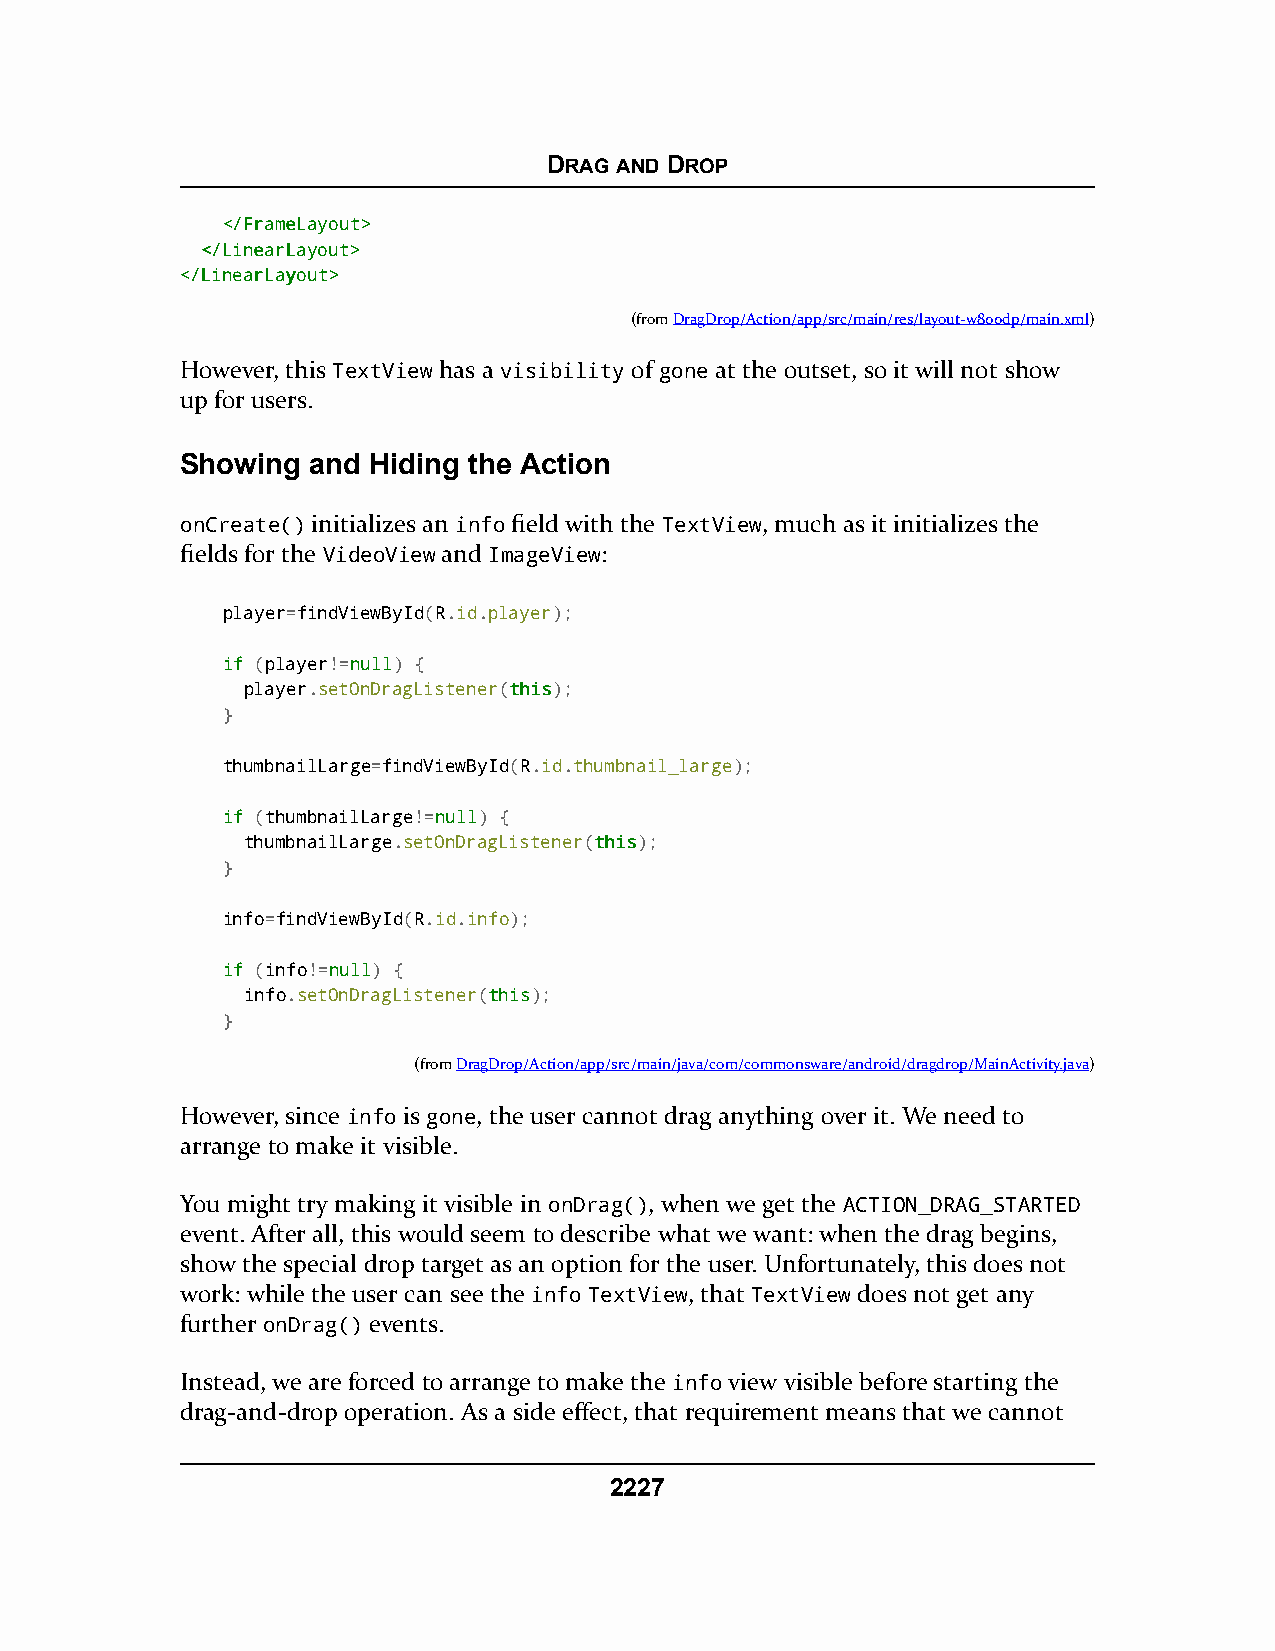
DRAG AND DROP
 <<//FFrraammeeLLaayyoouutt>>
 <<//LLiinneeaarrLLaayyoouutt>>
 <<//LLiinneeaarrLLaayyoouutt>>
 (fromDragDrop/Action/app/src/main/res/layout-w800dp/main.xml)
 However, this TextView has a visibility of gone at the outset, so it will not show
 up for users.
 Showing and Hiding the Action
 onCreate() initializes an info field with the TextView, much as it initializes the
 fields for the VideoView and ImageView:
 player=findViewById(R.id.player);
 iiff (player!=nnuullll) {
 player.setOnDragListener(tthhiiss);
 }
 thumbnailLarge=findViewById(R.id.thumbnail_large);
 iiff (thumbnailLarge!=nnuullll) {
 thumbnailLarge.setOnDragListener(tthhiiss);
 }
 info=findViewById(R.id.info);
 iiff (info!=nnuullll) {
 info.setOnDragListener(tthhiiss);
 }
 (fromDragDrop/Action/app/src/main/java/com/commonsware/android/dragdrop/MainActivity.java)
 However, since info is gone, the user cannot drag anything over it. We need to
 arrange to make it visible.
 You might try making it visible in onDrag(), when we get the ACTION_DRAG_STARTED
 event. After all, this would seem to describe what we want: when the drag begins,
 show the special drop target as an option for the user. Unfortunately, this does not
 work: while the user can see the info TextView, that TextView does not get any
 further onDrag() events.
 Instead, we are forced to arrange to make the info view visible before starting the
 drag-and-drop operation. As a side effect, that requirement means that we cannot
 2227